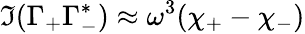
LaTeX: \Im(\Gamma_{+}\Gamma_{-}^{*})\approx\omega^{3}(\chi_{+}-\chi_{-})